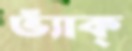
ভ্যাঁক্